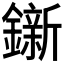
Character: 𨭩